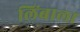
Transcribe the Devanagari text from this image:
लिंबाला